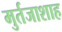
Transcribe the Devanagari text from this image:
मुर्तजाशाह